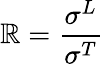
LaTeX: \mathbb{R}=\frac{{\sigma^{L}}}{{\sigma^{T}}}